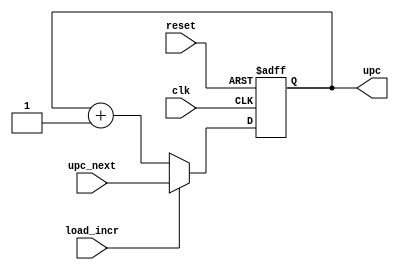
module upcreg(
    input clk,
    input reset,
    input load_incr,
    input [4:0] upc_next,
    output reg [4:0] upc);
    always @ (posedge clk, posedge reset)
        if (reset)  upc <= 5'b00000;
        else if (load_incr) upc <= upc_next;
        else if (~load_incr) upc <= upc + 1;
        else upc <= 5'b00000; 
endmodule